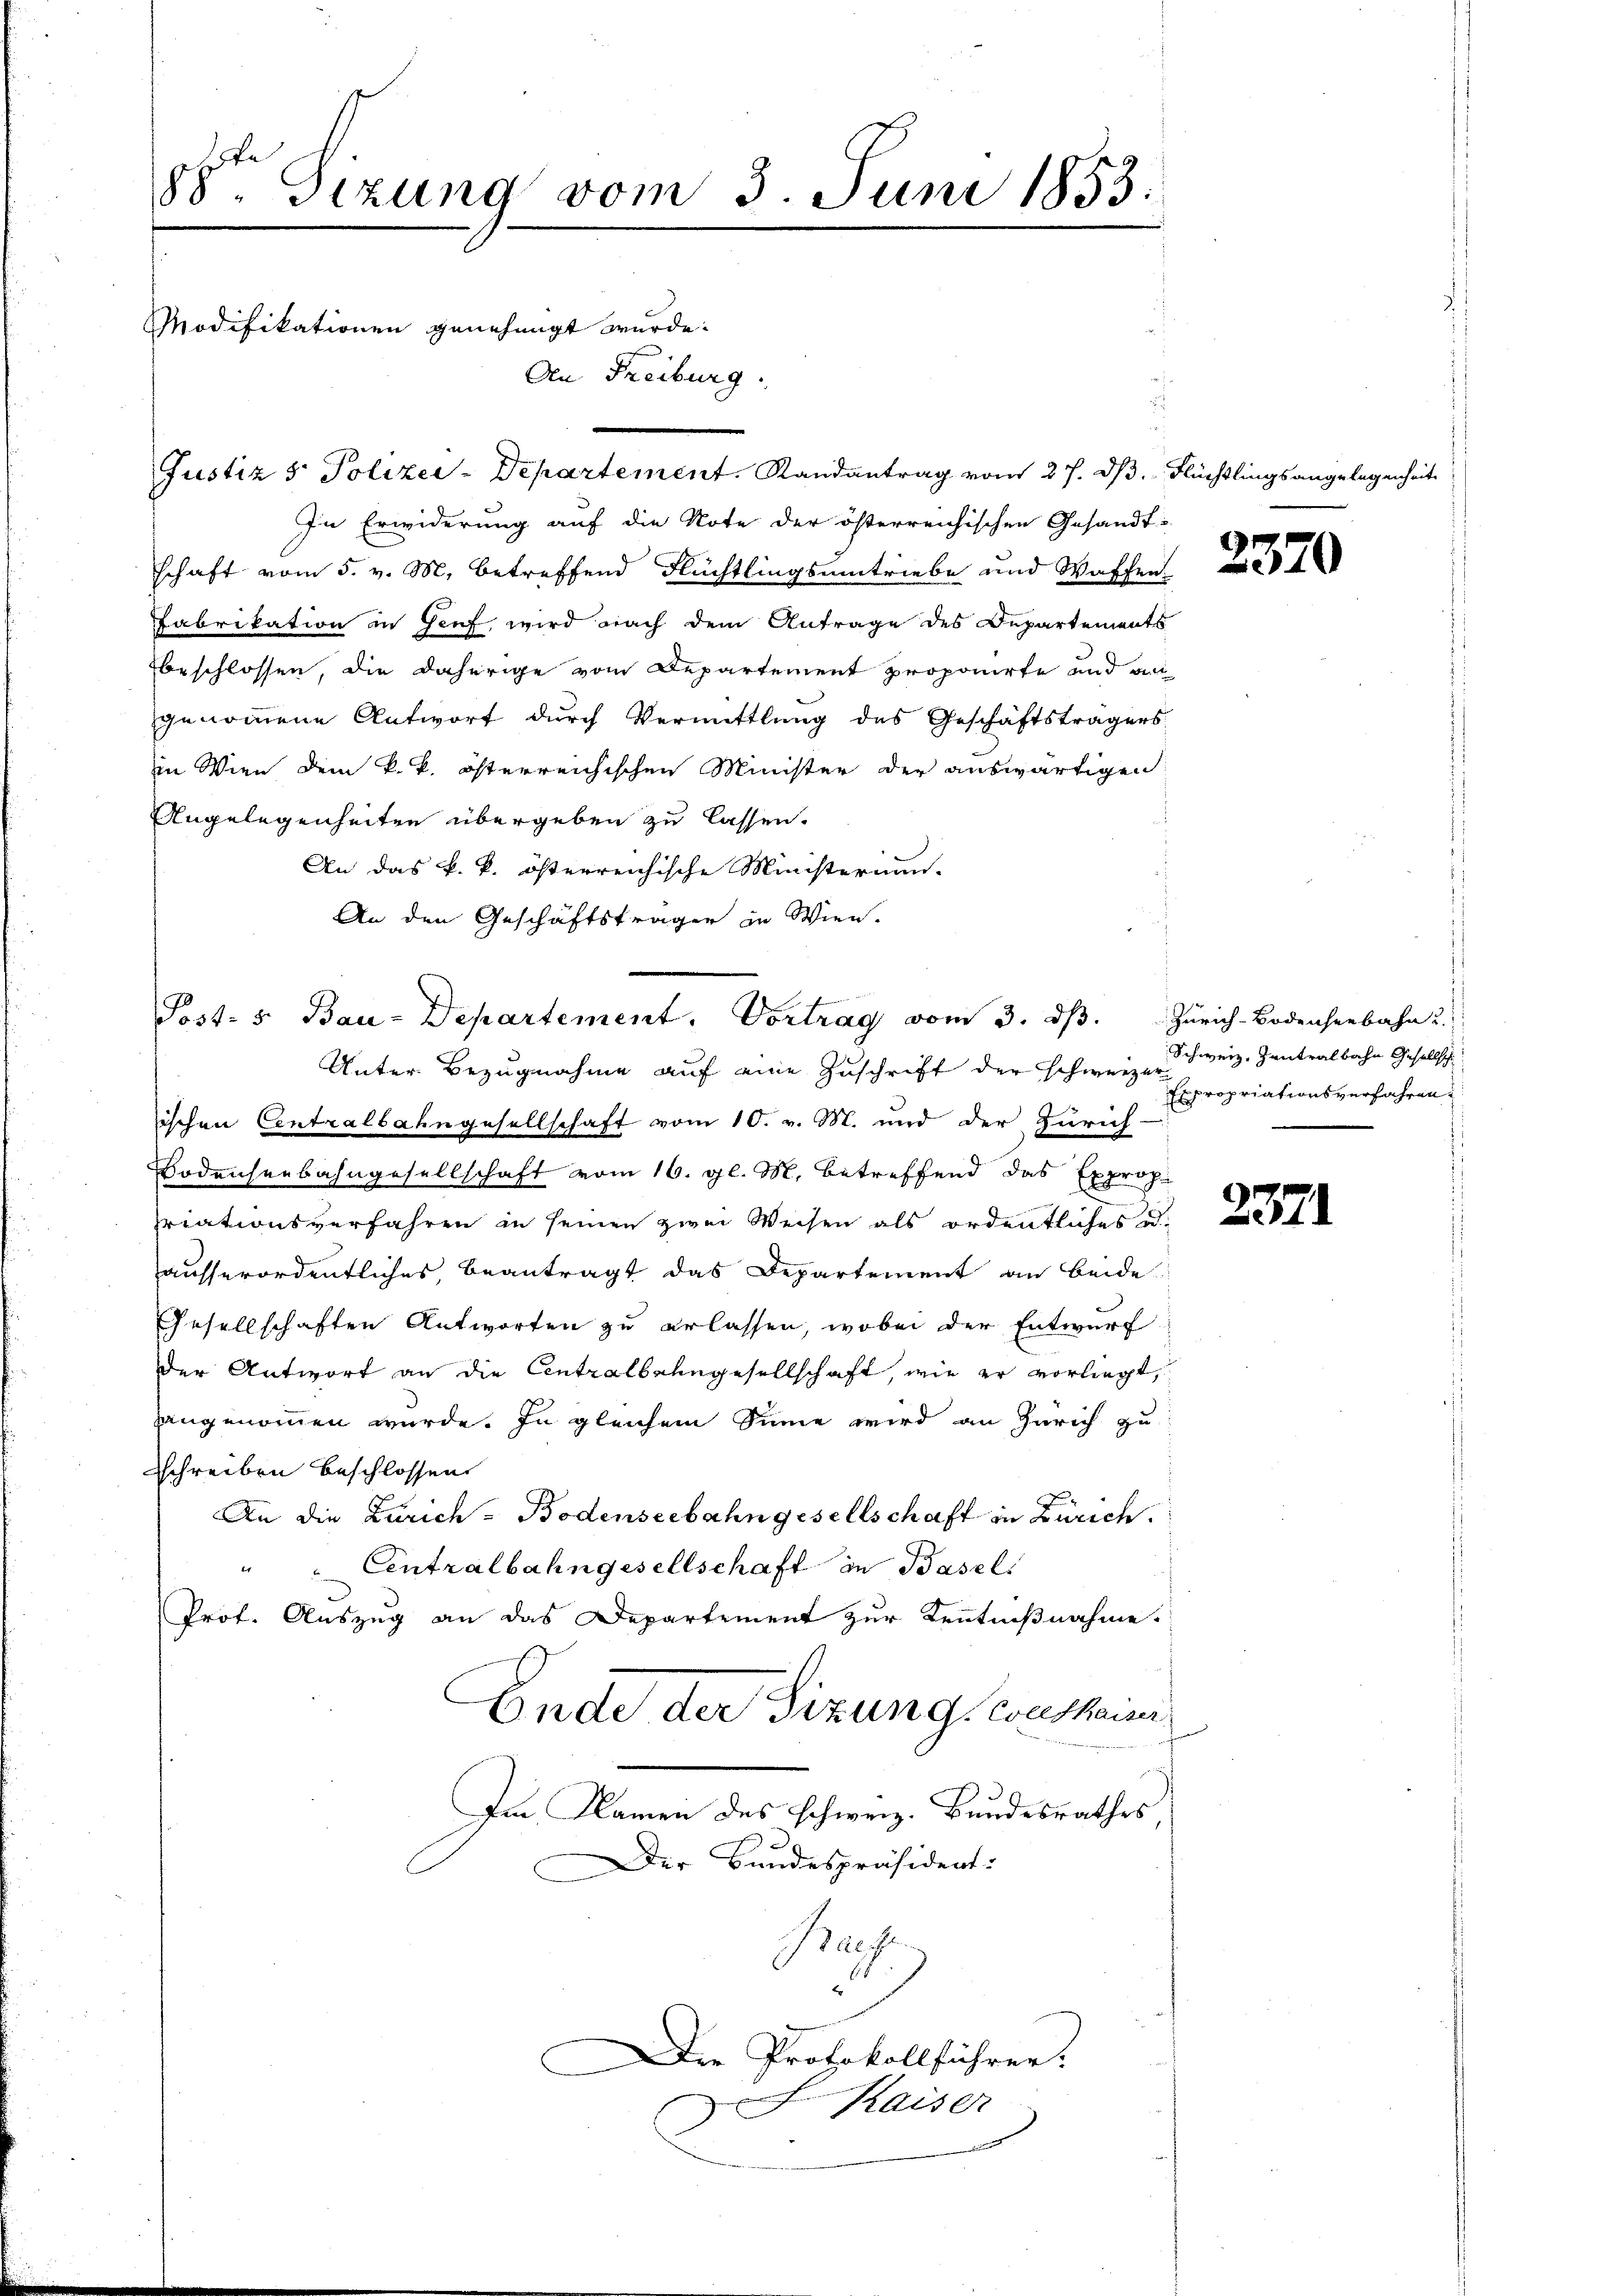
8ten Sizung vom 3. Juni 1853.
Modifikationen genehmigt wurde.
An Freiburg.
Justiz & Polizei-Departement. Randantrag vom 27. dß. Flüchtlingsangelegenheit

In Erwiderung auf die Note der österreichischen Gesandt-
schaft vom 5. v. M. betreffend Flüchtlingsumtriebe und Waffen.
abrikation in Sief, wird nach dem Antrage des Departements
beschlossen, die daherige vom Departement proponirte und an
genommene Antwort durch Vermittlung des Geschäftsträgers
iin Wien dem k. k. österreichischen Minister der auswärtigen
Angelegenheiten übergeben zu lassen.
An das k. k. österreichische Ministernan-
An den Geschäftsträger in Wien.
ischen Centralbahngesellschaft vom 10. v. M. und der Zürich-
Bodenserbahngesellschaft vom 16. gl. M. betreffend das Exprop
riationsverfahren in seinen zwei Weisen als ordentliches u.
ausserordentliches beantragt das Departement an beide
Ehesellschaften Antworten zu erlassen, wobei der Entwurf
der Antwort an die Centralbahngesellschaft, wie er vorliegt,
hangenommen wurde. In gleichem Sinne wird an Zürich zu
schreiben beschlossen
An die Zürich-Bodenseebahngesellschaft in Zürich.
i
Contralbahngesellschaft in Basel
Prof. Auszug an das Departement zur Kenntnißnahme.
Ende der Sizung, weshaini
Im Namen des schweiz. Bundesrathes
Der Bundespräsident:
Back
1
Die Protokollführer:
Kaiser

Post- u Bau-Departement. Vortrag vom 3. dβ.
Unter Bezugnahme auf eine Zuschrift der schweiz. Zweiz, Gantralbahn Gesellsch

2370

Zürich-Bodenseebahn u
Expropriationsverfahren.

2371